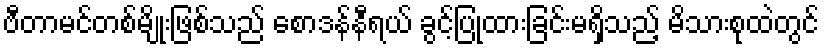
ဗီတာမင်တစ်မျိုးဖြစ်သည် စောဒန်နီရယ် ခွင့်ပြုထားခြင်းမရှိသည့် မိသားစုထဲတွင်